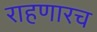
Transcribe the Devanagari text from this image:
राहणारच